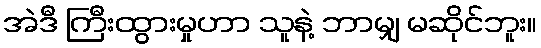
အဲဒီ ကြီးထွားမှုဟာ သူနဲ့ ဘာမျှ မဆိုင်ဘူး။